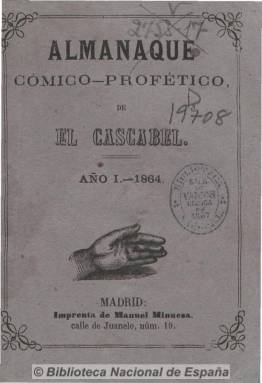
Título: Almanaque cómico-profético de El Cascabel
Otros títulos: Almanaque cómico profético de El Cascabel
Colección: Almanaques
Ámbito geográfico: Madrid
Lugar de publicación: Madrid
Fechas: 01/01/1864-31/12/1864

Datos astronómicos y el calendario con el santoral para el año 1864, acompañado de textos de divulgación, de celebración de ferias y mercados, comparación de pesos y medidas y una guía del forastero de Madrid. A ello se unen páginas de composiciones poéticas y romances de vates como Carlos Frontaura, José Selgas, Antonio Arnao o Juan Eugenio Hartzenbusch, entre otros. Y, en concreto, profecías para 1864 en tono burlesco, con algunos dibujos. Editado por el periódico satírico El cascabel. Continuado por Almanaque cómico-profético-higiénico de El Cascabel, para 1865